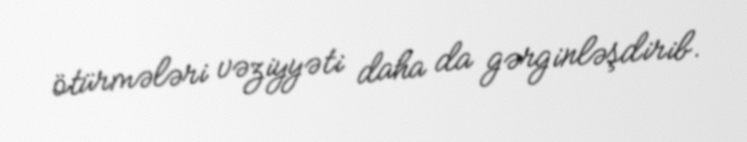
ötürmələri vəziyyəti daha da gərginləşdirib.